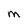
Character: M